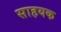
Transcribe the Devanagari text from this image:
साहयक